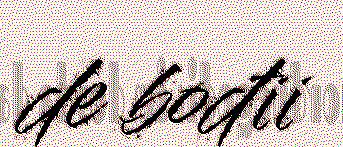
de bođii